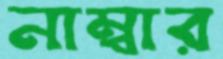
নাম্বার